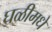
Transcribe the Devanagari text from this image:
घळीमधे